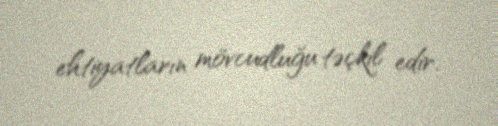
ehtiyatların mövcudluğu təçkil edir.